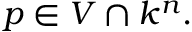
p \in V \cap k ^ { n } .